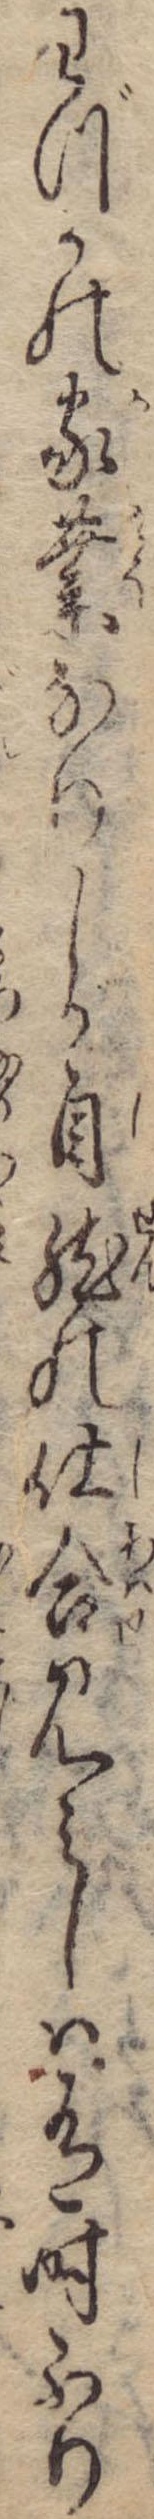
わづかの家業なりしが自然の仕合見えしは有時ふり